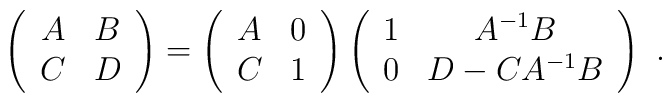
\left( \begin{array}{cc}         A & B \\ C & D       \end{array}\right) =\left( \begin{array}{cc}       A & 0 \\ C & 1       \end{array}\right)\left( \begin{array}{cc}       1 & A^{-1}B \\ 0 & D-CA^{-1}B       \end{array}\right) ~.